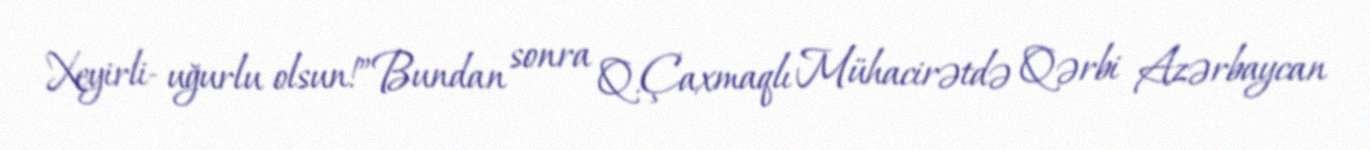
Xeyirli- uğurlu olsun!”Bundan sonra Q.Çaxmaqlı Mühacirətdə Qərbi Azərbaycan